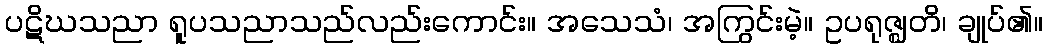
ပဋိဃသညာ ရူပသညာသည်လည်းကောင်း။ အသေသံ၊ အကြွင်းမဲ့။ ဥပရုဇ္ဈတိ၊ ချုပ်၏။